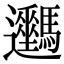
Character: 𨙦